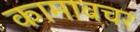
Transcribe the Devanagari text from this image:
कामावचर